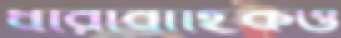
ধারাবাহিকও